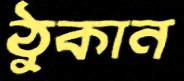
ঠুকান